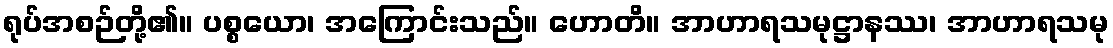
ရုပ်အစဉ်တို့၏။ ပစ္စယော၊ အကြောင်းသည်။ ဟောတိ။ အာဟာရသမုဋ္ဌာနဿ၊ အာဟာရသမု